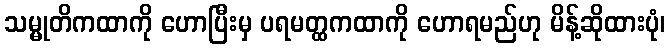
သမ္မုတိကထာကို ဟောပြီးမှ ပရမတ္ထကထာကို ဟောရမည်ဟု မိန့်ဆိုထားပုံ၊